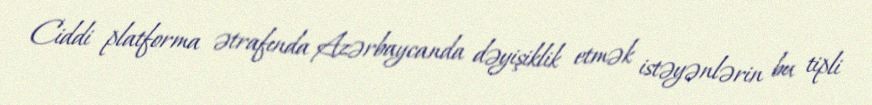
Ciddi platforma ətrafında Azərbaycanda dəyişiklik etmək istəyənlərin bu tipli